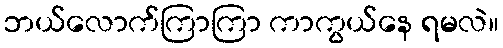
ဘယ်လောက်ကြာကြာ ကာကွယ်နေ ရမလဲ။